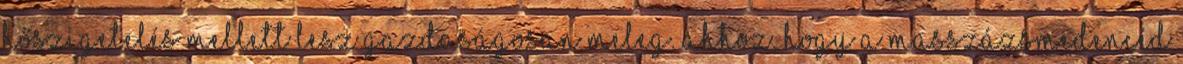
hőszigetelés mellett lesz gazdaságosan meleg. Ahhoz, hogy a masszázsmedencéd